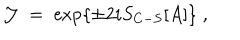
\mathcal { J } \; = \; \exp \left\{ \pm 2 i S _ { C - S } [ A ] \right\} \; ,